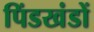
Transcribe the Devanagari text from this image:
पिंडखंडों